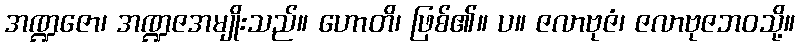
အဏ္ဍဇော၊ အဏ္ဍဇအမျိုးသည်။ ဟောတိ၊ ဖြစ်၏။ ပ။ ဇလာဗုဇံ၊ ဇလာဗုဇဘဝသို့။